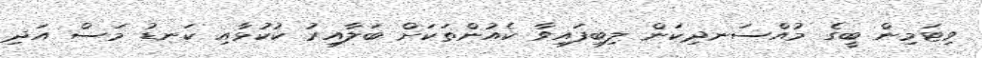
ވިޓަމިން ބީގެ މުއްސަނދިކަން ލިބިފައިވާ ކެއުންތަކަށް ބަލާއިރު ކުކުޅާއި ކަނޑު މަސް އަދި